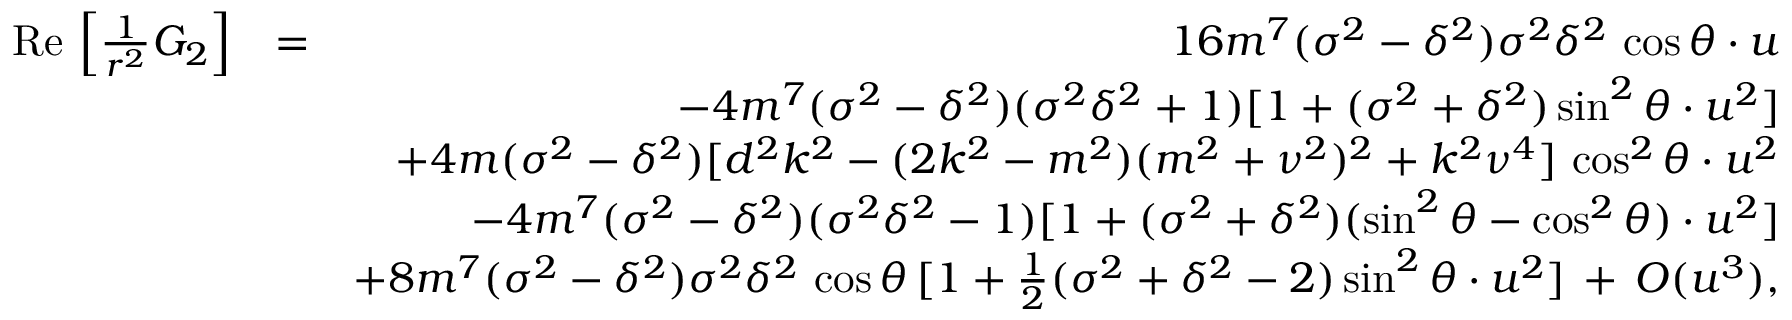
\begin{array} { r l r } { \mathrm { R e } \, \left[ \frac { 1 } { r ^ { 2 } } G _ { 2 } \right] } & { = } & { 1 6 m ^ { 7 } ( \sigma ^ { 2 } - \delta ^ { 2 } ) \sigma ^ { 2 } \delta ^ { 2 } \, \cos \theta \cdot u } \\ & { } & { - 4 m ^ { 7 } ( \sigma ^ { 2 } - \delta ^ { 2 } ) ( \sigma ^ { 2 } \delta ^ { 2 } + 1 ) [ 1 + ( \sigma ^ { 2 } + \delta ^ { 2 } ) \sin ^ { 2 } \theta \cdot u ^ { 2 } ] } \\ & { } & { + 4 m ( \sigma ^ { 2 } - \delta ^ { 2 } ) [ d ^ { 2 } k ^ { 2 } - ( 2 k ^ { 2 } - m ^ { 2 } ) ( m ^ { 2 } + \nu ^ { 2 } ) ^ { 2 } + k ^ { 2 } \nu ^ { 4 } ] \, \cos ^ { 2 } \theta \cdot u ^ { 2 } } \\ & { } & { - 4 m ^ { 7 } ( \sigma ^ { 2 } - \delta ^ { 2 } ) ( \sigma ^ { 2 } \delta ^ { 2 } - 1 ) [ 1 + ( \sigma ^ { 2 } + \delta ^ { 2 } ) ( \sin ^ { 2 } \theta - \cos ^ { 2 } \theta ) \cdot u ^ { 2 } ] } \\ & { } & { + 8 m ^ { 7 } ( \sigma ^ { 2 } - \delta ^ { 2 } ) \sigma ^ { 2 } \delta ^ { 2 } \, \cos \theta \, [ 1 + \frac { 1 } { 2 } ( \sigma ^ { 2 } + \delta ^ { 2 } - 2 ) \sin ^ { 2 } \theta \cdot u ^ { 2 } ] \, + \, { \cal O } ( u ^ { 3 } ) , } \end{array}